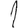
Digit: 1